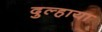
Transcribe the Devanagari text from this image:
दुल्हाया